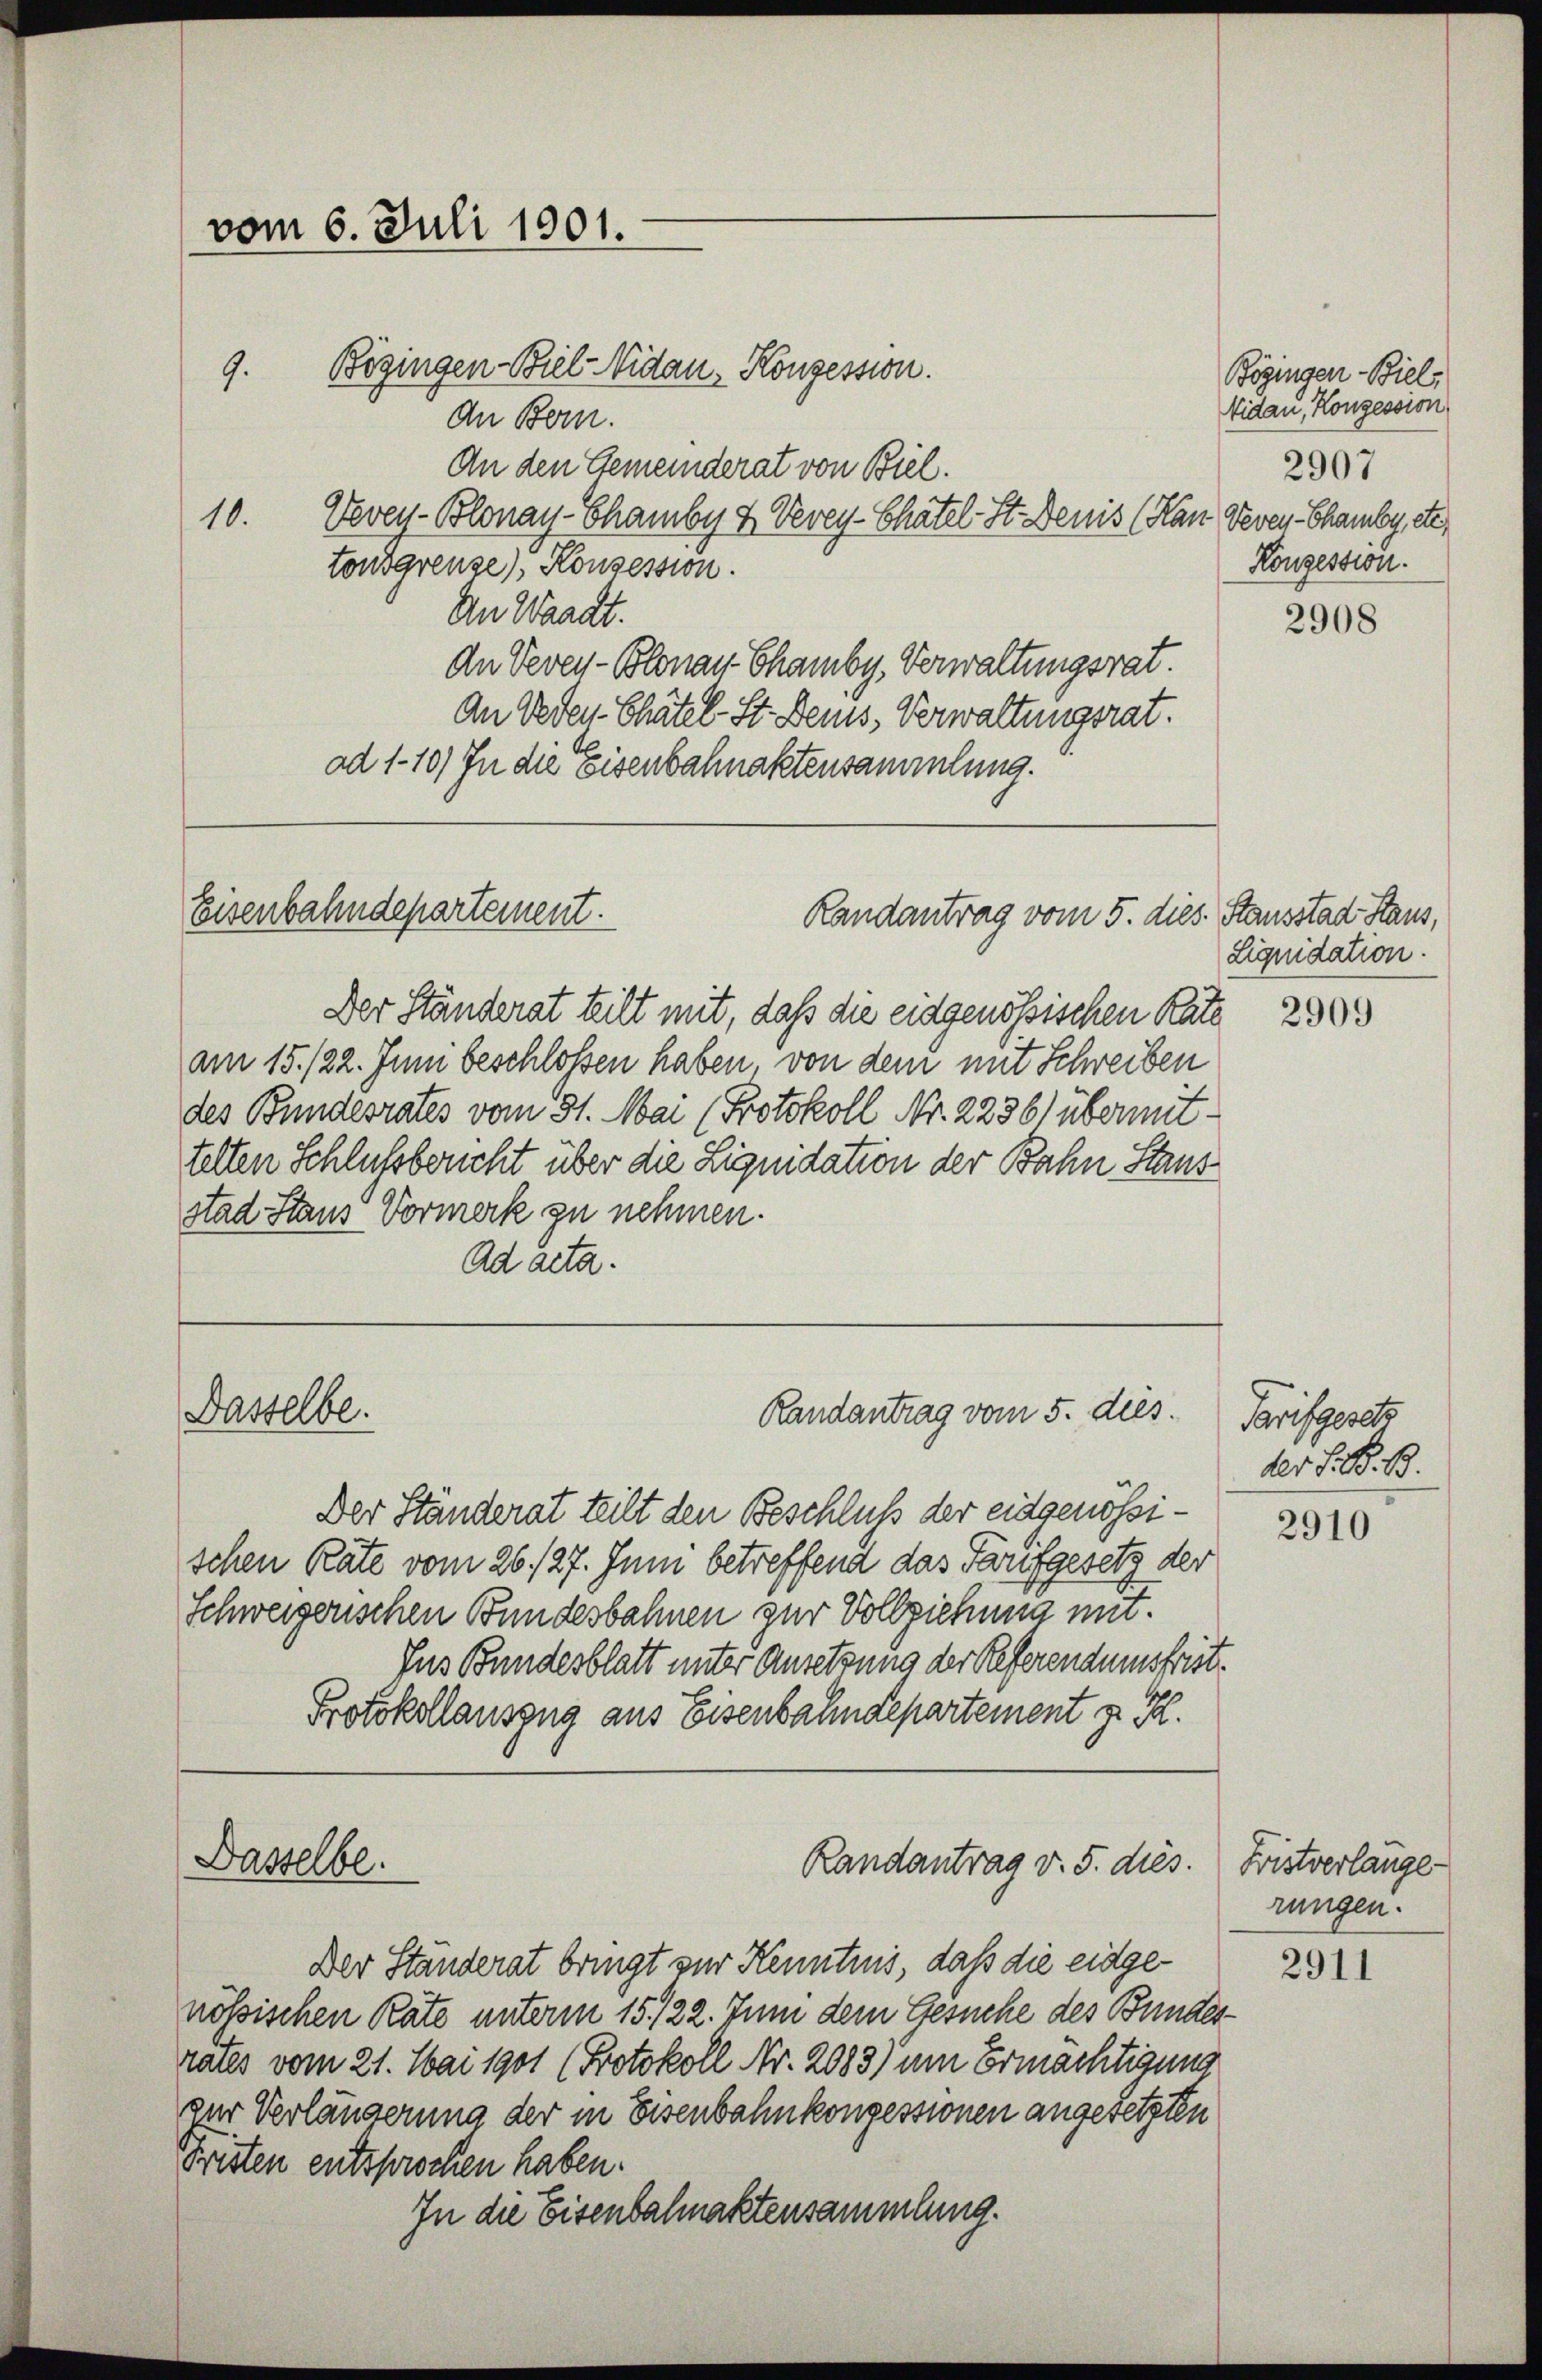
vom 6. Juli 1901.

10.

Bögingen Biel Nidau, Konzession.
9.
An Bern.
An den Gemeinderat von Biel.
Vevey-Blonay-Chamber & Vevey-Chatel St. Denis (Kan Veven Chamby cte,
tonsgrenze) Konsession.
An Waadt.
An Veven-Blonau Chamby. Verwaltungsrat.
An Oeden Chätel-St. Beis, Verwaltungsrat.
ad 110) In die Eisenbahnaktensammlung.

Eisenbahndepartement.
Randantrag vom 5. dies. Stausstad Haus,

Der Ständerat teilt mit, daß die eidgenössischen Rate
am 15./22. Juni beschloßen haben von dem mit Schreiben
des Bundesrates vom 31. Mai (Protokoll Nr. 2236) übermittelten Schlussbericht über die Liquidation der Bahn Staus
stad Staus Vormerk zu nehmen.
Ad acta.

Dasselbe.

Der Ständerat teilt den Beschluß der eidgenössischen Räte vom 26./27. Juni betreffend das Tarifgesetz der
Schweizerischen Bundesbahnen zur Vollziehung mit.
Jus Bundesblatt unter Ansetzung der Referendumsfrist¬
Protokollauszug aus Eisenbahndepartement z. B.
Dasselbe.
Randantrag v. 5. dies.
Der Ständerat bringt zur Kenntnis, daß die eidgenössischen Räte unterm 15./22. Juni dem Gesuche des Bundesrates vom 21. Mai 1901 (Protokoll Nr. 2083) um Ermächtigung
gar Verlängerung der in Eisenbahnkonzessionen angesetzten
Fristen entsprochen haben.
In die Eisenbalmaktensammlung.

Randantrag vom 5. dies

Bögingen Biel,
Nidau, Konzession
2907
Konzession.

2908

Liquidation.

2909

Tarif gesetz
der S. B. B.

2910

Fristverlange-
rungen.

2911